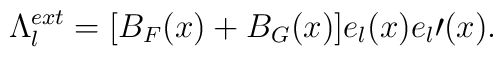
\Lambda_l^{ext}=[B_F(x)+B_G(x)]e_l(x)e_l\prime(x).